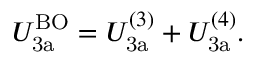
U _ { \mathrm { 3 a } } ^ { \mathrm { B O } } = U _ { \mathrm { 3 a } } ^ { ( 3 ) } + U _ { \mathrm { 3 a } } ^ { ( 4 ) } .